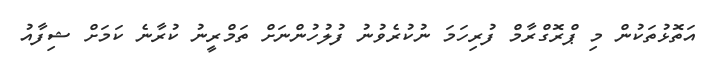
އަތޮޅުތަކުން މި ޕްރޮގްރާމް ފުރިހަމަ ނުކުރެވުނު ފުލުހުންނަށް ތަމްރީނު ކުރާނެ ކަމަށް ޝިފާއު